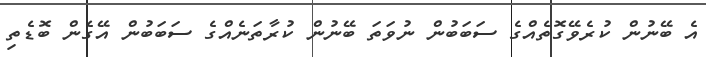
އެ ބޭނުން ކުރެވޭގޮތެއްގެ ސަބަބުން ނުވަތަ ބޭނުން ކުރާތަނެއްގެ ސަބަބުން އޭގެން ބޮޑެތި